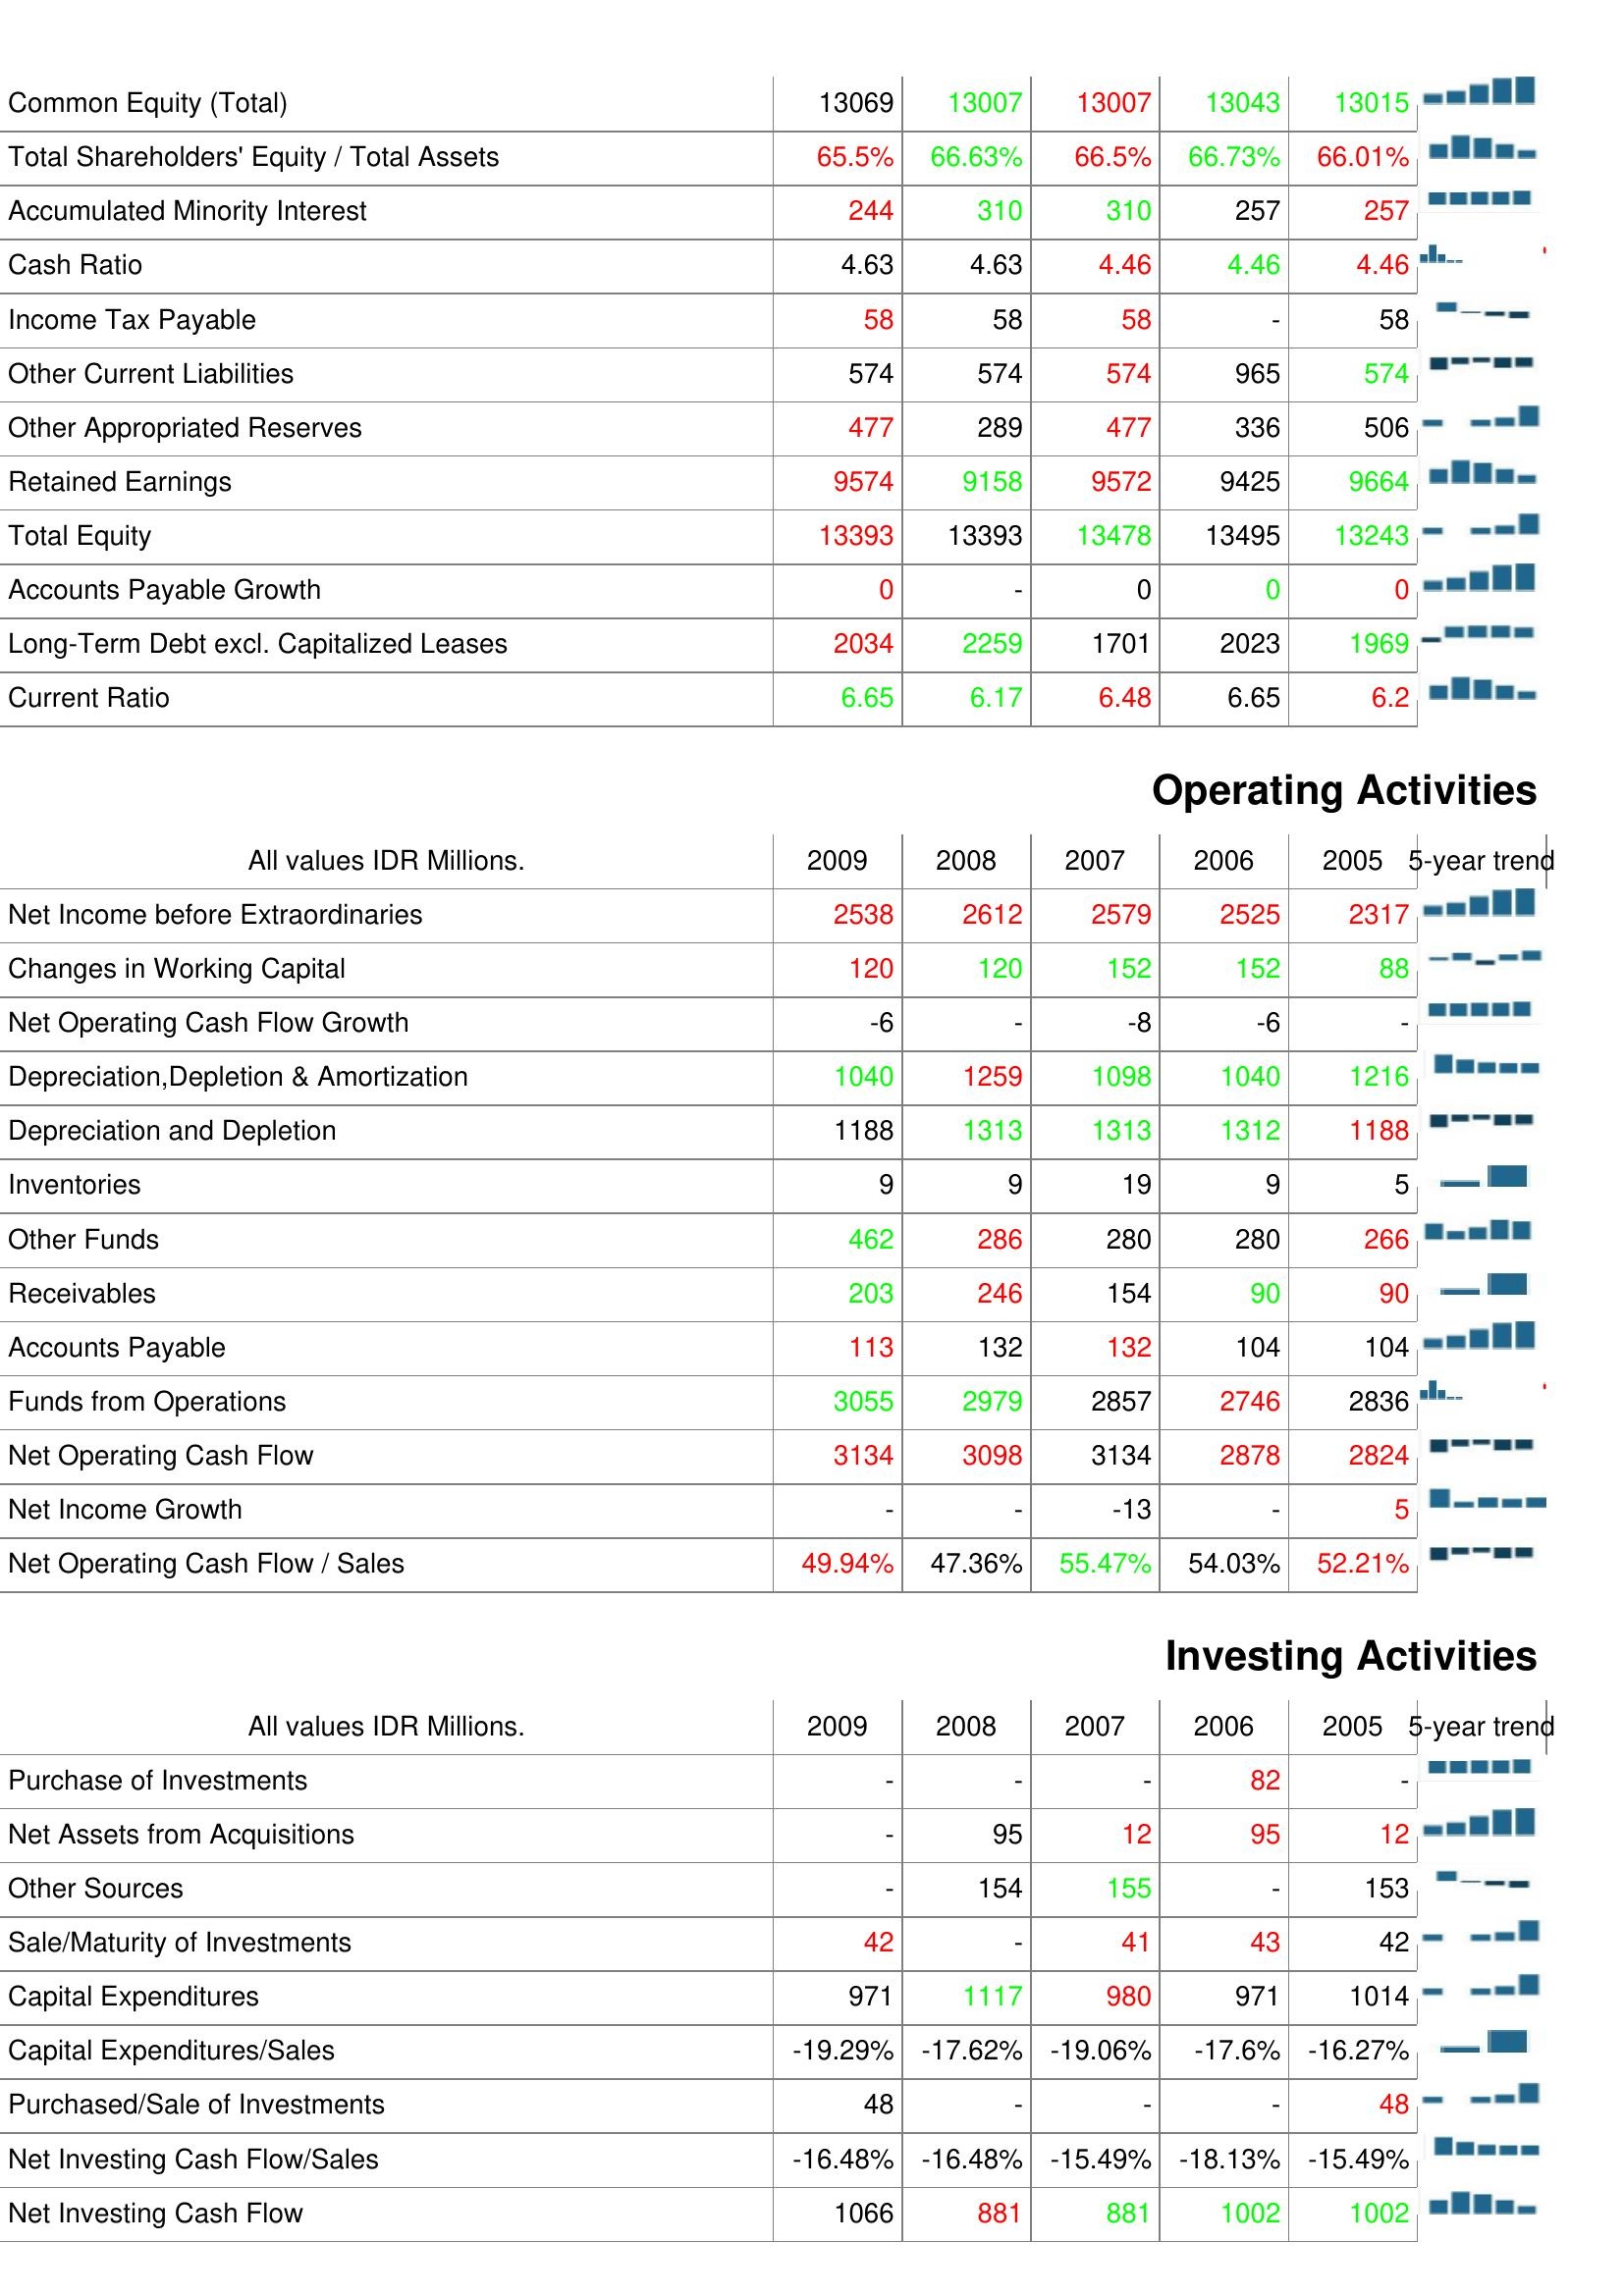
2009: Liabilities & Shareholder's Equity: Common Equity (Total): 13069
Total Shareholders' Equity / Total Assets: 65.5%
Accumulated Minority Interest: 244
Cash Ratio: 4.63
Income Tax Payable: 58
Other Current Liabilities: 574
Other Appropriated Reserves: 477
Retained Earnings: 9574
Total Equity: 13393
Accounts Payable Growth: 0
Long-Term Debt excl. Capitalized Leases: 2034
Current Ratio: 6.65
Operating Activities: Net Income before Extraordinaries: 2538
Changes in Working Capital: 120
Net Operating Cash Flow Growth: -6
Depreciation,Depletion & Amortization: 1040
Depreciation and Depletion: 1188
Inventories: 9
Other Funds: 462
Receivables: 203
Accounts Payable: 113
Funds from Operations: 3055
Net Operating Cash Flow: 3134
Net Income Growth: -
Net Operating Cash Flow / Sales: 49.94%
Investing Activities: Purchase of Investments: -
Net Assets from Acquisitions: -
Other Sources: -
Sale/Maturity of Investments: 42
Capital Expenditures: 971
Capital Expenditures/Sales: -19.29%
Purchased/Sale of Investments: 48
Net Investing Cash Flow/Sales: -16.48%
Net Investing Cash Flow: 1066
2008: Liabilities & Shareholder's Equity: Common Equity (Total): 13007
Total Shareholders' Equity / Total Assets: 66.63%
Accumulated Minority Interest: 310
Cash Ratio: 4.63
Income Tax Payable: 58
Other Current Liabilities: 574
Other Appropriated Reserves: 289
Retained Earnings: 9158
Total Equity: 13393
Accounts Payable Growth: -
Long-Term Debt excl. Capitalized Leases: 2259
Current Ratio: 6.17
Operating Activities: Net Income before Extraordinaries: 2612
Changes in Working Capital: 120
Net Operating Cash Flow Growth: -
Depreciation,Depletion & Amortization: 1259
Depreciation and Depletion: 1313
Inventories: 9
Other Funds: 286
Receivables: 246
Accounts Payable: 132
Funds from Operations: 2979
Net Operating Cash Flow: 3098
Net Income Growth: -
Net Operating Cash Flow / Sales: 47.36%
Investing Activities: Purchase of Investments: -
Net Assets from Acquisitions: 95
Other Sources: 154
Sale/Maturity of Investments: -
Capital Expenditures: 1117
Capital Expenditures/Sales: -17.62%
Purchased/Sale of Investments: -
Net Investing Cash Flow/Sales: -16.48%
Net Investing Cash Flow: 881
2007: Liabilities & Shareholder's Equity: Common Equity (Total): 13007
Total Shareholders' Equity / Total Assets: 66.5%
Accumulated Minority Interest: 310
Cash Ratio: 4.46
Income Tax Payable: 58
Other Current Liabilities: 574
Other Appropriated Reserves: 477
Retained Earnings: 9572
Total Equity: 13478
Accounts Payable Growth: 0
Long-Term Debt excl. Capitalized Leases: 1701
Current Ratio: 6.48
Operating Activities: Net Income before Extraordinaries: 2579
Changes in Working Capital: 152
Net Operating Cash Flow Growth: -8
Depreciation,Depletion & Amortization: 1098
Depreciation and Depletion: 1313
Inventories: 19
Other Funds: 280
Receivables: 154
Accounts Payable: 132
Funds from Operations: 2857
Net Operating Cash Flow: 3134
Net Income Growth: -13
Net Operating Cash Flow / Sales: 55.47%
Investing Activities: Purchase of Investments: -
Net Assets from Acquisitions: 12
Other Sources: 155
Sale/Maturity of Investments: 41
Capital Expenditures: 980
Capital Expenditures/Sales: -19.06%
Purchased/Sale of Investments: -
Net Investing Cash Flow/Sales: -15.49%
Net Investing Cash Flow: 881
2006: Liabilities & Shareholder's Equity: Common Equity (Total): 13043
Total Shareholders' Equity / Total Assets: 66.73%
Accumulated Minority Interest: 257
Cash Ratio: 4.46
Income Tax Payable: -
Other Current Liabilities: 965
Other Appropriated Reserves: 336
Retained Earnings: 9425
Total Equity: 13495
Accounts Payable Growth: 0
Long-Term Debt excl. Capitalized Leases: 2023
Current Ratio: 6.65
Operating Activities: Net Income before Extraordinaries: 2525
Changes in Working Capital: 152
Net Operating Cash Flow Growth: -6
Depreciation,Depletion & Amortization: 1040
Depreciation and Depletion: 1312
Inventories: 9
Other Funds: 280
Receivables: 90
Accounts Payable: 104
Funds from Operations: 2746
Net Operating Cash Flow: 2878
Net Income Growth: -
Net Operating Cash Flow / Sales: 54.03%
Investing Activities: Purchase of Investments: 82
Net Assets from Acquisitions: 95
Other Sources: -
Sale/Maturity of Investments: 43
Capital Expenditures: 971
Capital Expenditures/Sales: -17.6%
Purchased/Sale of Investments: -
Net Investing Cash Flow/Sales: -18.13%
Net Investing Cash Flow: 1002
2005: Liabilities & Shareholder's Equity: Common Equity (Total): 13015
Total Shareholders' Equity / Total Assets: 66.01%
Accumulated Minority Interest: 257
Cash Ratio: 4.46
Income Tax Payable: 58
Other Current Liabilities: 574
Other Appropriated Reserves: 506
Retained Earnings: 9664
Total Equity: 13243
Accounts Payable Growth: 0
Long-Term Debt excl. Capitalized Leases: 1969
Current Ratio: 6.2
Operating Activities: Net Income before Extraordinaries: 2317
Changes in Working Capital: 88
Net Operating Cash Flow Growth: -
Depreciation,Depletion & Amortization: 1216
Depreciation and Depletion: 1188
Inventories: 5
Other Funds: 266
Receivables: 90
Accounts Payable: 104
Funds from Operations: 2836
Net Operating Cash Flow: 2824
Net Income Growth: 5
Net Operating Cash Flow / Sales: 52.21%
Investing Activities: Purchase of Investments: -
Net Assets from Acquisitions: 12
Other Sources: 153
Sale/Maturity of Investments: 42
Capital Expenditures: 1014
Capital Expenditures/Sales: -16.27%
Purchased/Sale of Investments: 48
Net Investing Cash Flow/Sales: -15.49%
Net Investing Cash Flow: 1002